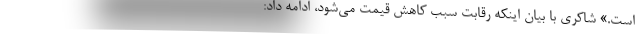
است.» شاکری با بیان اینکه رقابت سبب کاهش قیمت می‌شود، ادامه داد: